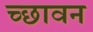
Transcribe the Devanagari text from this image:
च्छावन